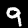
Label: 9